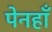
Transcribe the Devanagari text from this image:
पेनहाँ